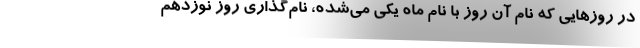
در روزهایی که نام آن روز با نام ماه یکی می‌شده، نام‌گذاری روز نوزدهم